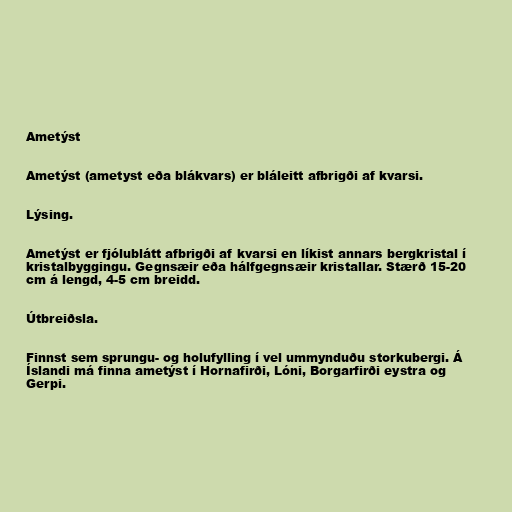
Ametýst

Ametýst (ametyst eða blákvars) er bláleitt afbrigði af kvarsi.

Lýsing.

Ametýst er fjólublátt afbrigði af kvarsi en líkist annars bergkristal í
kristalbyggingu. Gegnsæir eða hálfgegnsæir kristallar. Stærð 15-20
cm á lengd, 4-5 cm breidd.

Útbreiðsla.

Finnst sem sprungu- og holufylling í vel ummynduðu storkubergi. Á
Íslandi má finna ametýst í Hornafirði, Lóni, Borgarfirði eystra og
Gerpi.